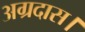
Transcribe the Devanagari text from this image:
अग्रदास।